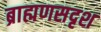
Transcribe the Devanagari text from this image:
ब्राह्मणसदृश